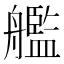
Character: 艦